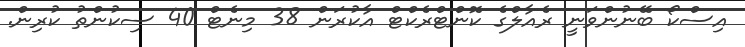
އިސްކޯ ބޭނުންވަނީ ރެއާލްގެ ކޮންޓްރެކްޓް އާކުރަން 38 މިނެޓް 40 ސިކުންތު ކުރިން.